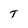
Character: T